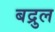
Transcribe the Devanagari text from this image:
बद्रुल